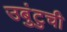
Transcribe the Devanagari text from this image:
उबुंटुची